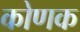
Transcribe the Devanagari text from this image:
कोणक